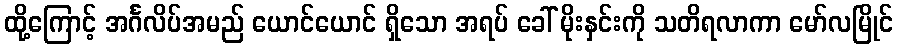
ထို့ကြောင့် အင်္ဂလိပ်အမည် ယောင်ယောင် ရှိသော အရပ် ခေါ် မိုးနှင်းကို သတိရလာကာ မော်လမြိုင်